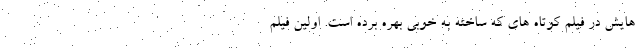
هایش در فیلم کوتاه های که ساخته به خوبی بهره برده است. اولین فیلم